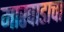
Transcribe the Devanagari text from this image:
मारवाडाचा